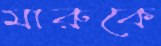
মারুকে